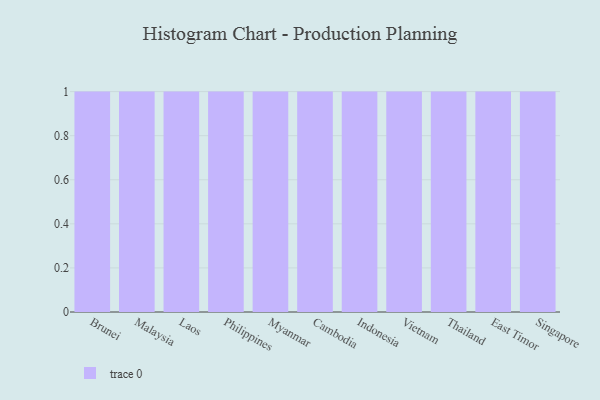
{"axis": {"x": "Country", "y": "Active Users"}, "legend": [""], "data": [{"x": "Brunei", "y": 20, "type": ""}, {"x": "Malaysia", "y": 8, "type": ""}, {"x": "Laos", "y": 21, "type": ""}, {"x": "Philippines", "y": 80, "type": ""}, {"x": "Myanmar", "y": 58, "type": ""}, {"x": "Cambodia", "y": 53, "type": ""}, {"x": "Indonesia", "y": 4, "type": ""}, {"x": "Vietnam", "y": 95, "type": ""}, {"x": "Thailand", "y": 57, "type": ""}, {"x": "East Timor", "y": 24, "type": ""}, {"x": "Singapore", "y": 76, "type": ""}]}